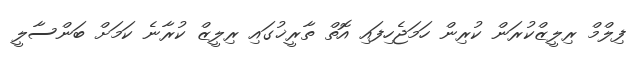
ފިލްމް ރިލީޒްކުރަން ކުރިން ހަމަޖެހިފައި އޮތް ތާރީޚުގައި ރިލީޒް ކުރާނެ ކަމަށް ބަންސާލީ